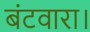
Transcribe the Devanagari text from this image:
बंटवारा।